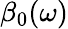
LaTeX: \beta_{0}(\omega)